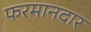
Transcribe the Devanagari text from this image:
फरमानदार